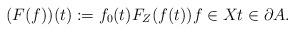
LaTeX: \begin{align*}(F(f))(t):= f_0 (t) F_Z (f(t)) f \in X t \in \partial A.\end{align*}